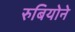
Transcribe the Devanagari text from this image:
रुबियोने